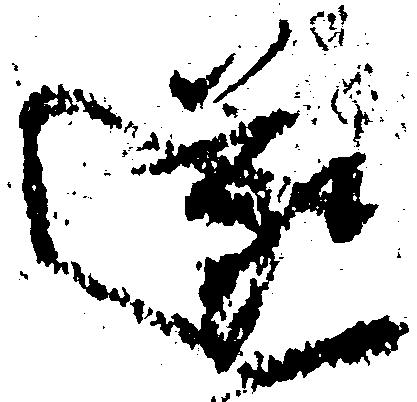
遂